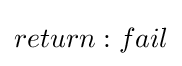
return:fail